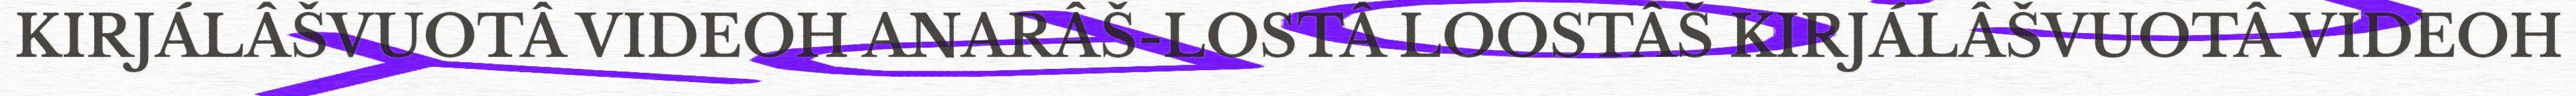
KIRJÁLÂŠVUOTÂ VIDEOH ANARÂŠ-LOSTÂ LOOSTÂŠ KIRJÁLÂŠVUOTÂ VIDEOH